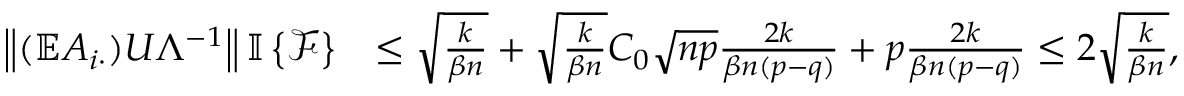
\begin{array} { r l } { \left\| { ( \mathbb { E } A _ { i \cdot } ) U \Lambda ^ { - 1 } } \right\| { \mathbb { I } \left\{ { \mathcal { F } } \right\} } } & { \leq \sqrt { \frac { k } { \beta n } } + \sqrt { \frac { k } { \beta n } } C _ { 0 } \sqrt { n p } \frac { 2 k } { \beta n ( p - q ) } + p \frac { 2 k } { \beta n ( p - q ) } \leq 2 \sqrt { \frac { k } { \beta n } } , } \end{array}